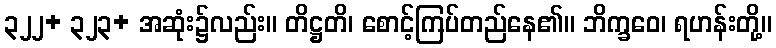
၃၂၂+ ၃၂၃+ အဆုံး၌လည်း။ တိဋ္ဌတိ၊ စောင့်ကြပ်တည်နေ၏။ ဘိက္ခဝေ၊ ရဟန်းတို့။